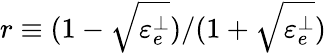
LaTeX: r\equiv(1-\sqrt{\varepsilon_{e}^{\perp}})/(1+\sqrt{\varepsilon_{e}^{\perp}})